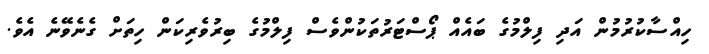
ހިއްސާކުރުމުން އަދި ފިލްމުގެ ބައެއް ޕޯސްޓަރުތަކުންވެސް ފިލްމުގެ ބިރުވެރިކަން ހިތަށް ގެނެވޭނެ އެވެ.